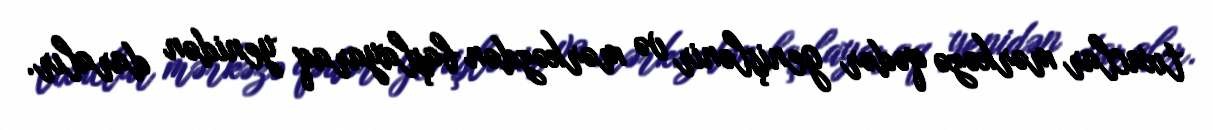
tıxaclar mərkəzə qədər genişlənir və mərkəzdən başlayaraq yenidən daralır.